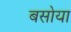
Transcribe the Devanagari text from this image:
बसोया